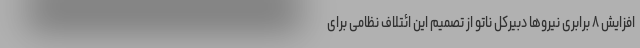
افزایش ۸ برابری نیروها دبیرکل ناتو از تصمیم این ائتلاف نظامی برای